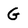
Character: G